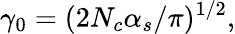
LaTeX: \gamma_{0}=(2N_{c}\alpha_{s}/\pi)^{1/2},